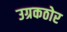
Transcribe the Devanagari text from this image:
उग्रकठोर